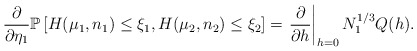
\begin{align*}\frac{\partial}{\partial\eta_1}\mathbb{P}\left[H(\mu_1,n_1)\le\xi_1,H(\mu_2,n_2)\le\xi_2\right]=\left.\frac{\partial}{\partial h}\right|_{h=0}N_1^{1/3}Q(h).\end{align*}